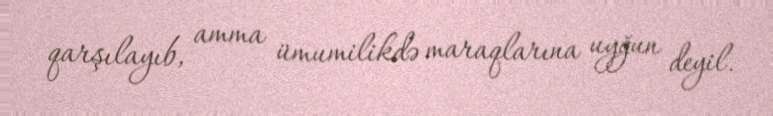
qarşılayıb, amma ümumilikdə maraqlarına uyğun deyil.